Bréfritari: Árni Indriðason
Viðtakandi: Jón Borgfirðings Jónsson
Dagsetning: A-1855-12-12
Skrifað á: Hólsgerði  S-Þing.

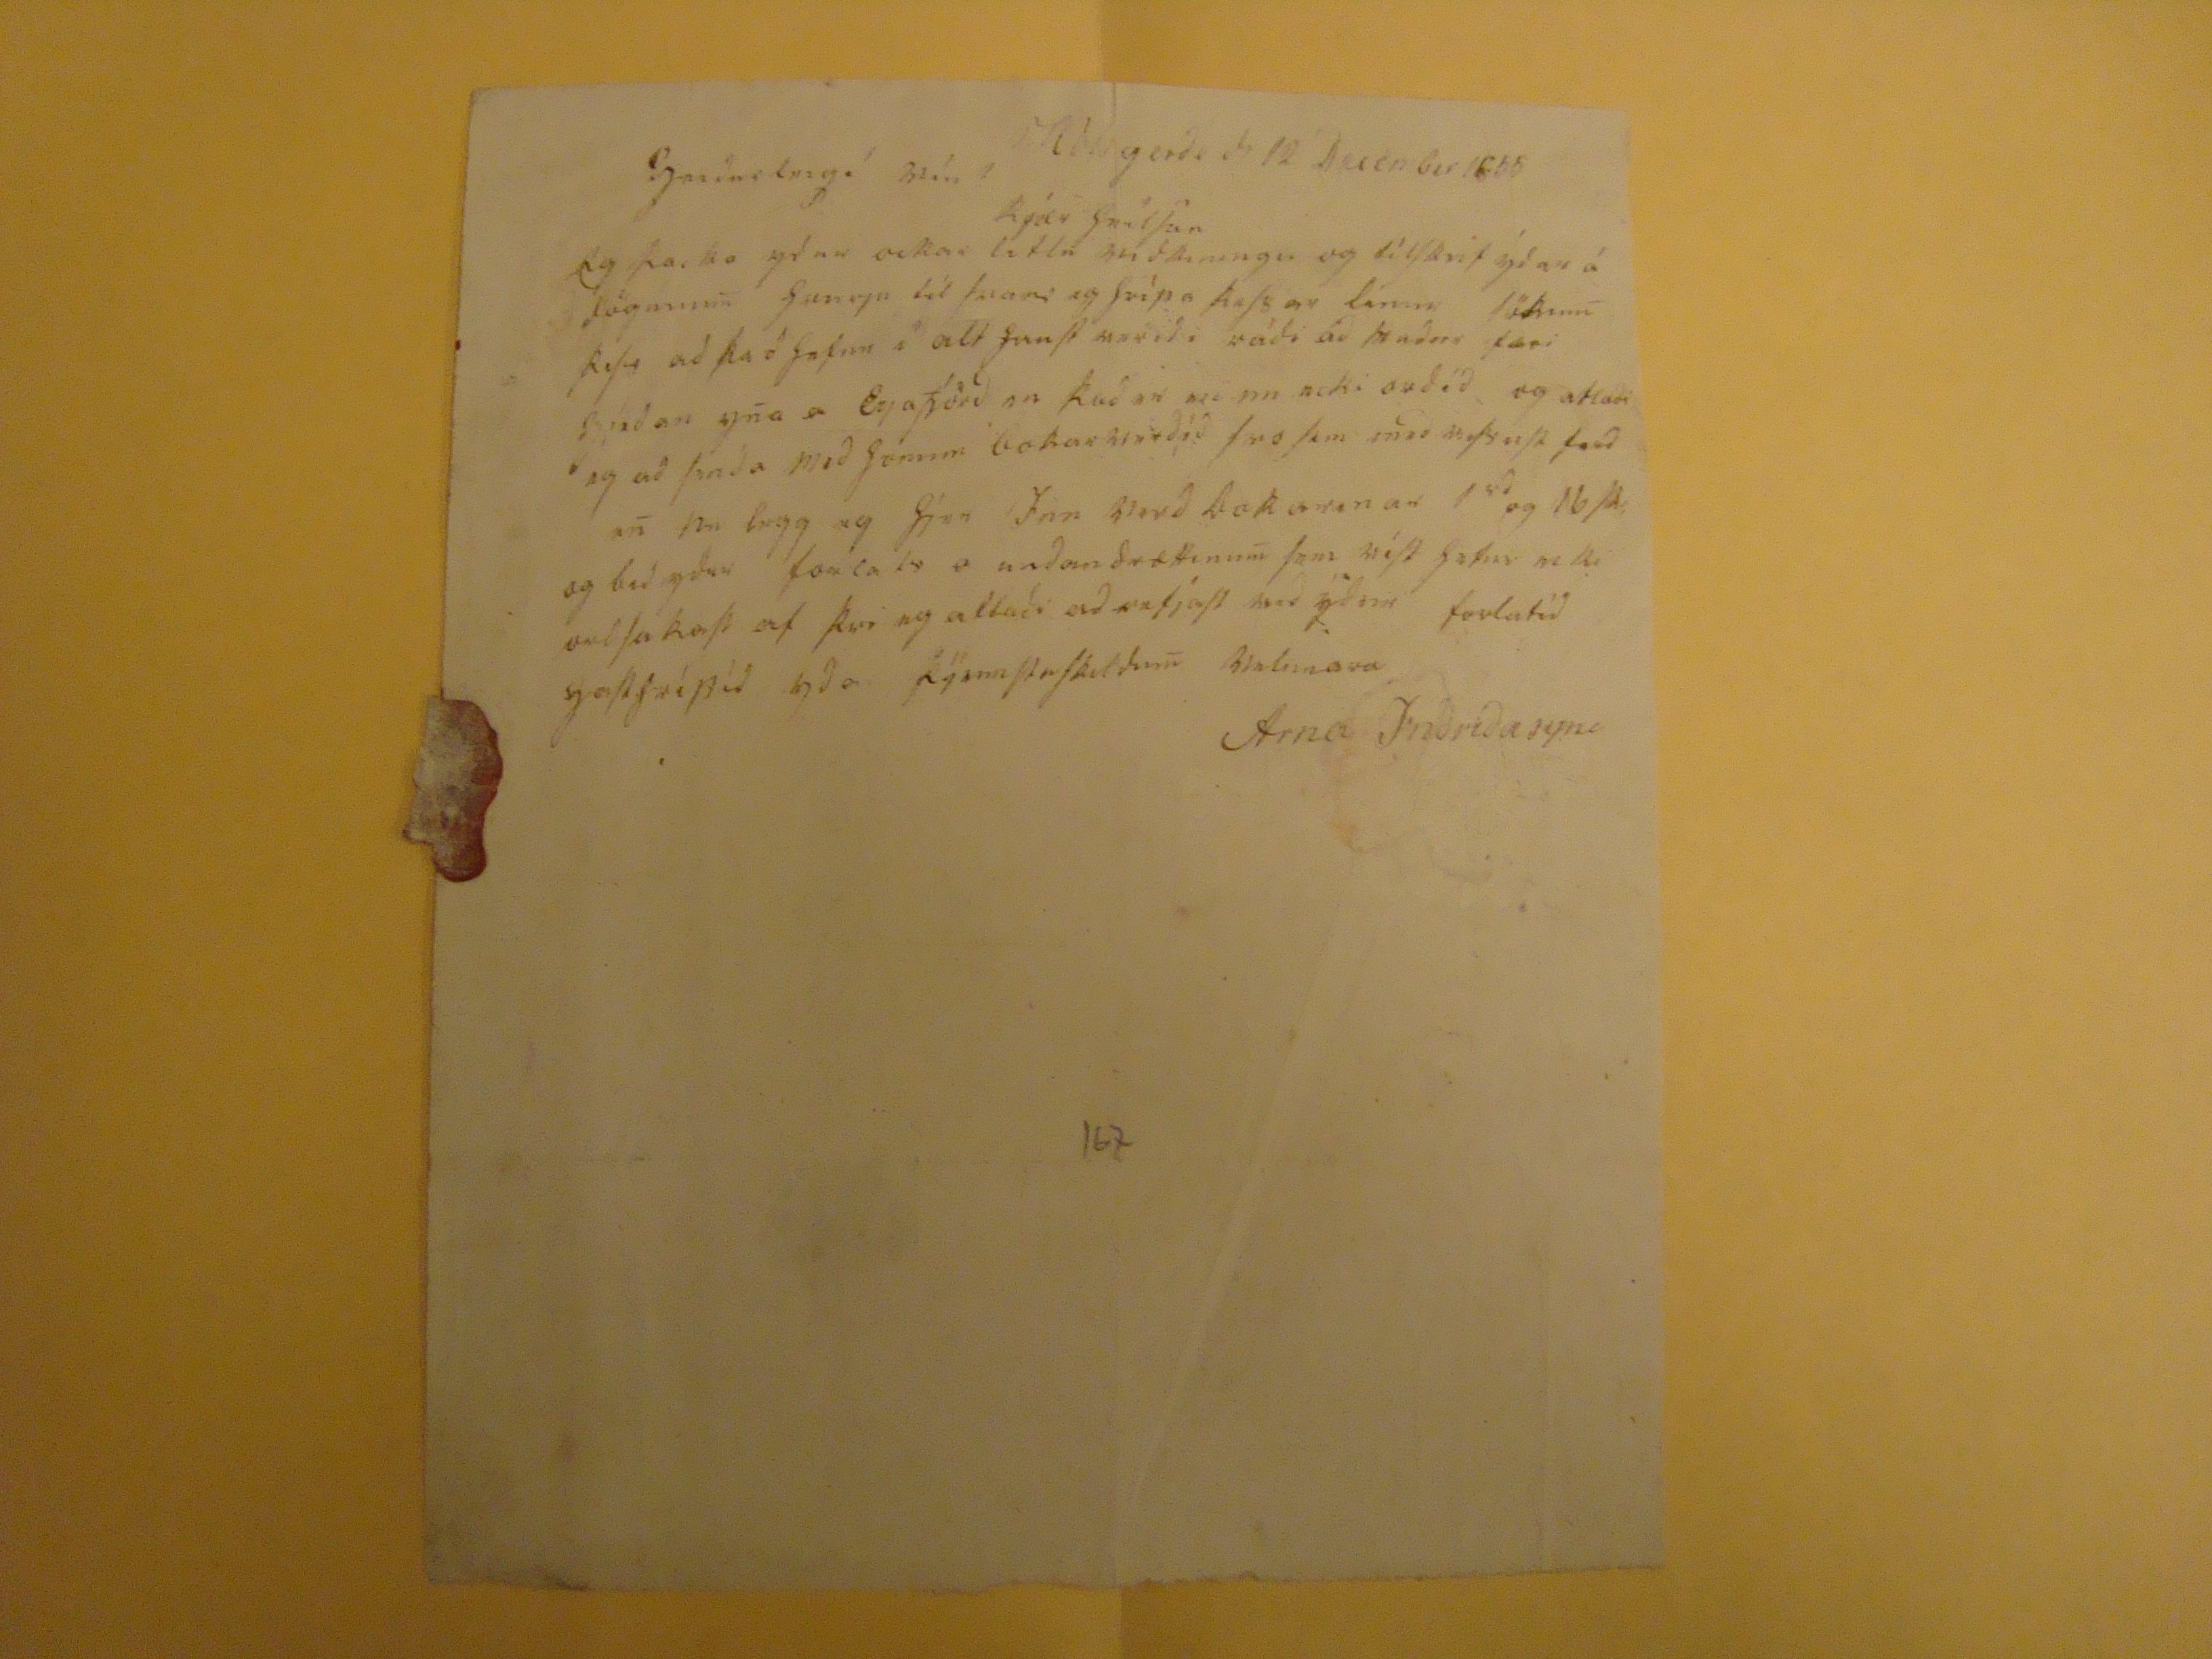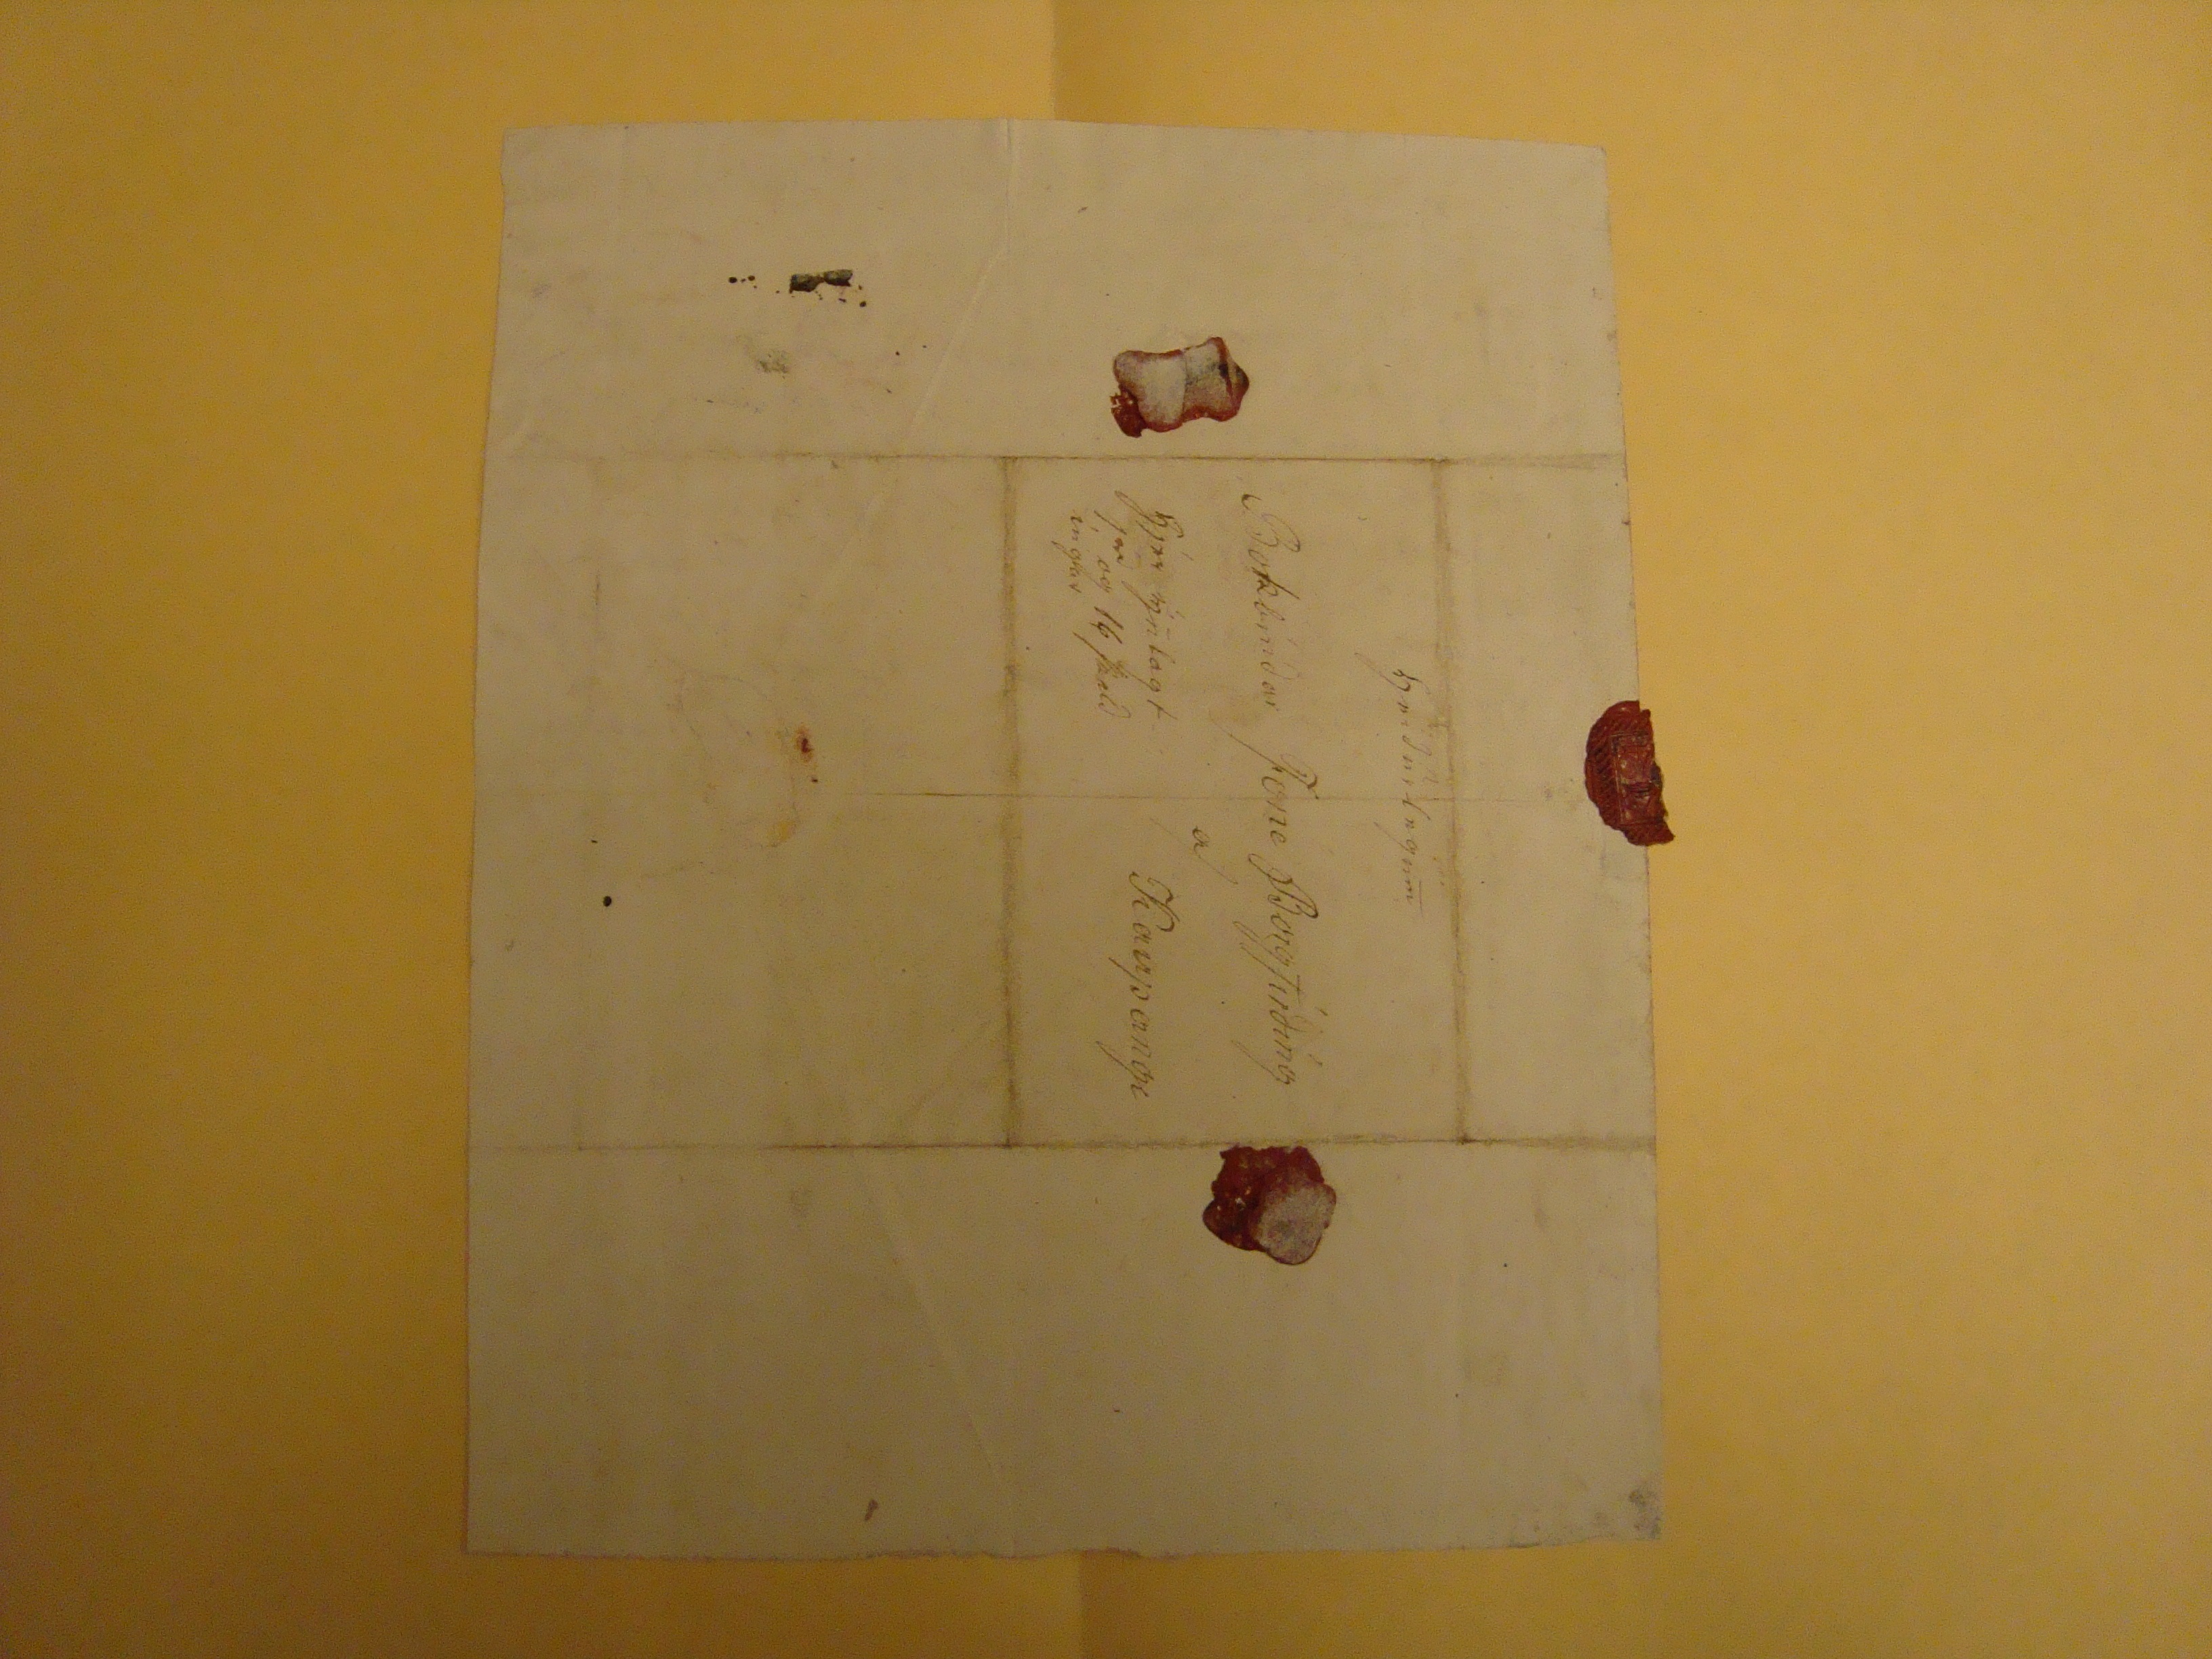

Hólagerði d 12 Desember 1855
Garður
largá
vín !
Kjæri hnilfur
Eg þacka yður ockar litlu viðkiningu og tilskrif sýðar á dögunu
m
hvurju til
fvari
eg hrípa þessar línur sökum þess að það hafnn í alt funst variði
ráði
að maður færi
Egþaðan y
n
a
er Eyafjörð in
kuð er ??nn ecki orðið
og atlaði eg að
fara
með hónum
bokarverðið
svo sem með
vþist
ferð e
n
svo legg eg hjér Inn verð bokarinar 1
rd
og 16sk, og bið yður forlats a unðandreættinu
m
sem víst hefur
mki velsakast af
kring allaði að
vafjast vað yður
forlatið
????
Arna Inðriðasyni
167
Griðurlegu
m
Bokbínðar Jone Borgfírðing af
Kaupangi
Hjer ynlagt 1
rd
og 16 skilðíngar